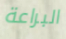
البراعة